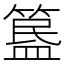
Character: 𥱚